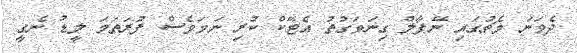
ދެވަނަ މެޗުގައި ނޭޕާލް ގިނަވަގުތު އެޓޭކް ކުރި ނަމަވެސް ފުރަތަމަ ލީޑު ނެގީ